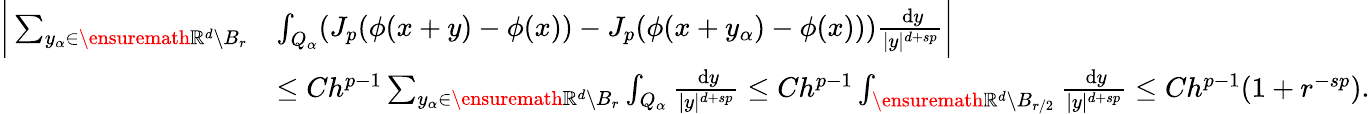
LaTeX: \begin{array}{rl}{\bigg|\sum_{y_{\alpha}\in\ensuremath{\mathbb{R}}^{d}\setminus B_{r}}}&{\int_{Q_{\alpha}}(J_{p}(\phi(x+y)-\phi(x))-J_{p}(\phi(x+y_{\alpha})-\phi(x)))\frac{\, \mathrm{d}y}{|y|^{d+sp}}\bigg|}\\ &{\leq Ch^{p-1}\sum_{y_{\alpha}\in\ensuremath{\mathbb{R}}^{d}\setminus B_{r}}\int_{Q_{\alpha}}\frac{\, \mathrm{d}y}{|y|^{d+sp}}\leq Ch^{p-1}\int_{\ensuremath{\mathbb{R}}^{d}\setminus B_{r/2}}\frac{\, \mathrm{d}y}{|y|^{d+sp}}\leq Ch^{p-1}(1+r^{-sp}).}\end{array}